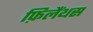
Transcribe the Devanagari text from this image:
फ़िलैंथस